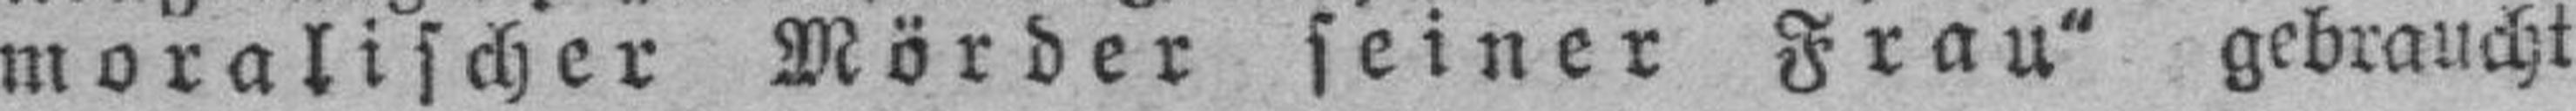
moralischer Mörder seiner Frau“ gebraucht